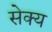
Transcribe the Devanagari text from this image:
सेक्य